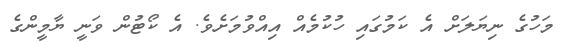
މަހުގެ ނިޔަލަށް އެ ކަމުގައި ހުކުމެއް އިއްވުމަށެވެ. އެ ކޯޓުން ވަނީ ޔާމީންގެ